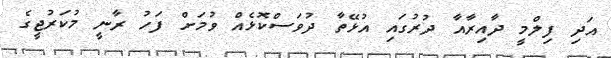
އަދި ފިލްމީ ދާއިރާއާ ދުރުގައި އުޅޭތާ ދުވަސްކޮޅެއް ވުމަށް ފަހު ރާނީ މުކަރުޖީގެ